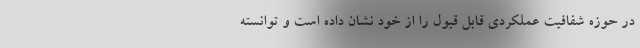
در حوزه شفافیت عملکردی قابل قبول را از خود نشان داده است و توانسته